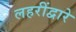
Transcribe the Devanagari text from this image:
लहरींद्वारे